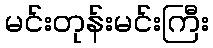
မင်းတုန်းမင်းကြီး